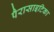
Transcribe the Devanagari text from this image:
पैरासाइटिका